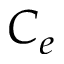
C _ { e }